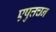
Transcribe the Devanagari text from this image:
एषुत्तचन